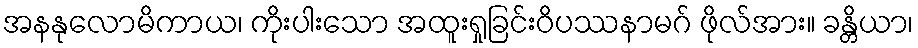
အနနုလောမိကာယ၊ ကိုးပါးသော အထူးရှုခြင်းဝိပဿနာမဂ် ဖိုလ်အား။ ခန္တိယာ၊